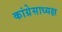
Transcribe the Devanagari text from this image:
कांग्रेसाध्यक्ष